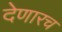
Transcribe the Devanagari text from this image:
देणारच